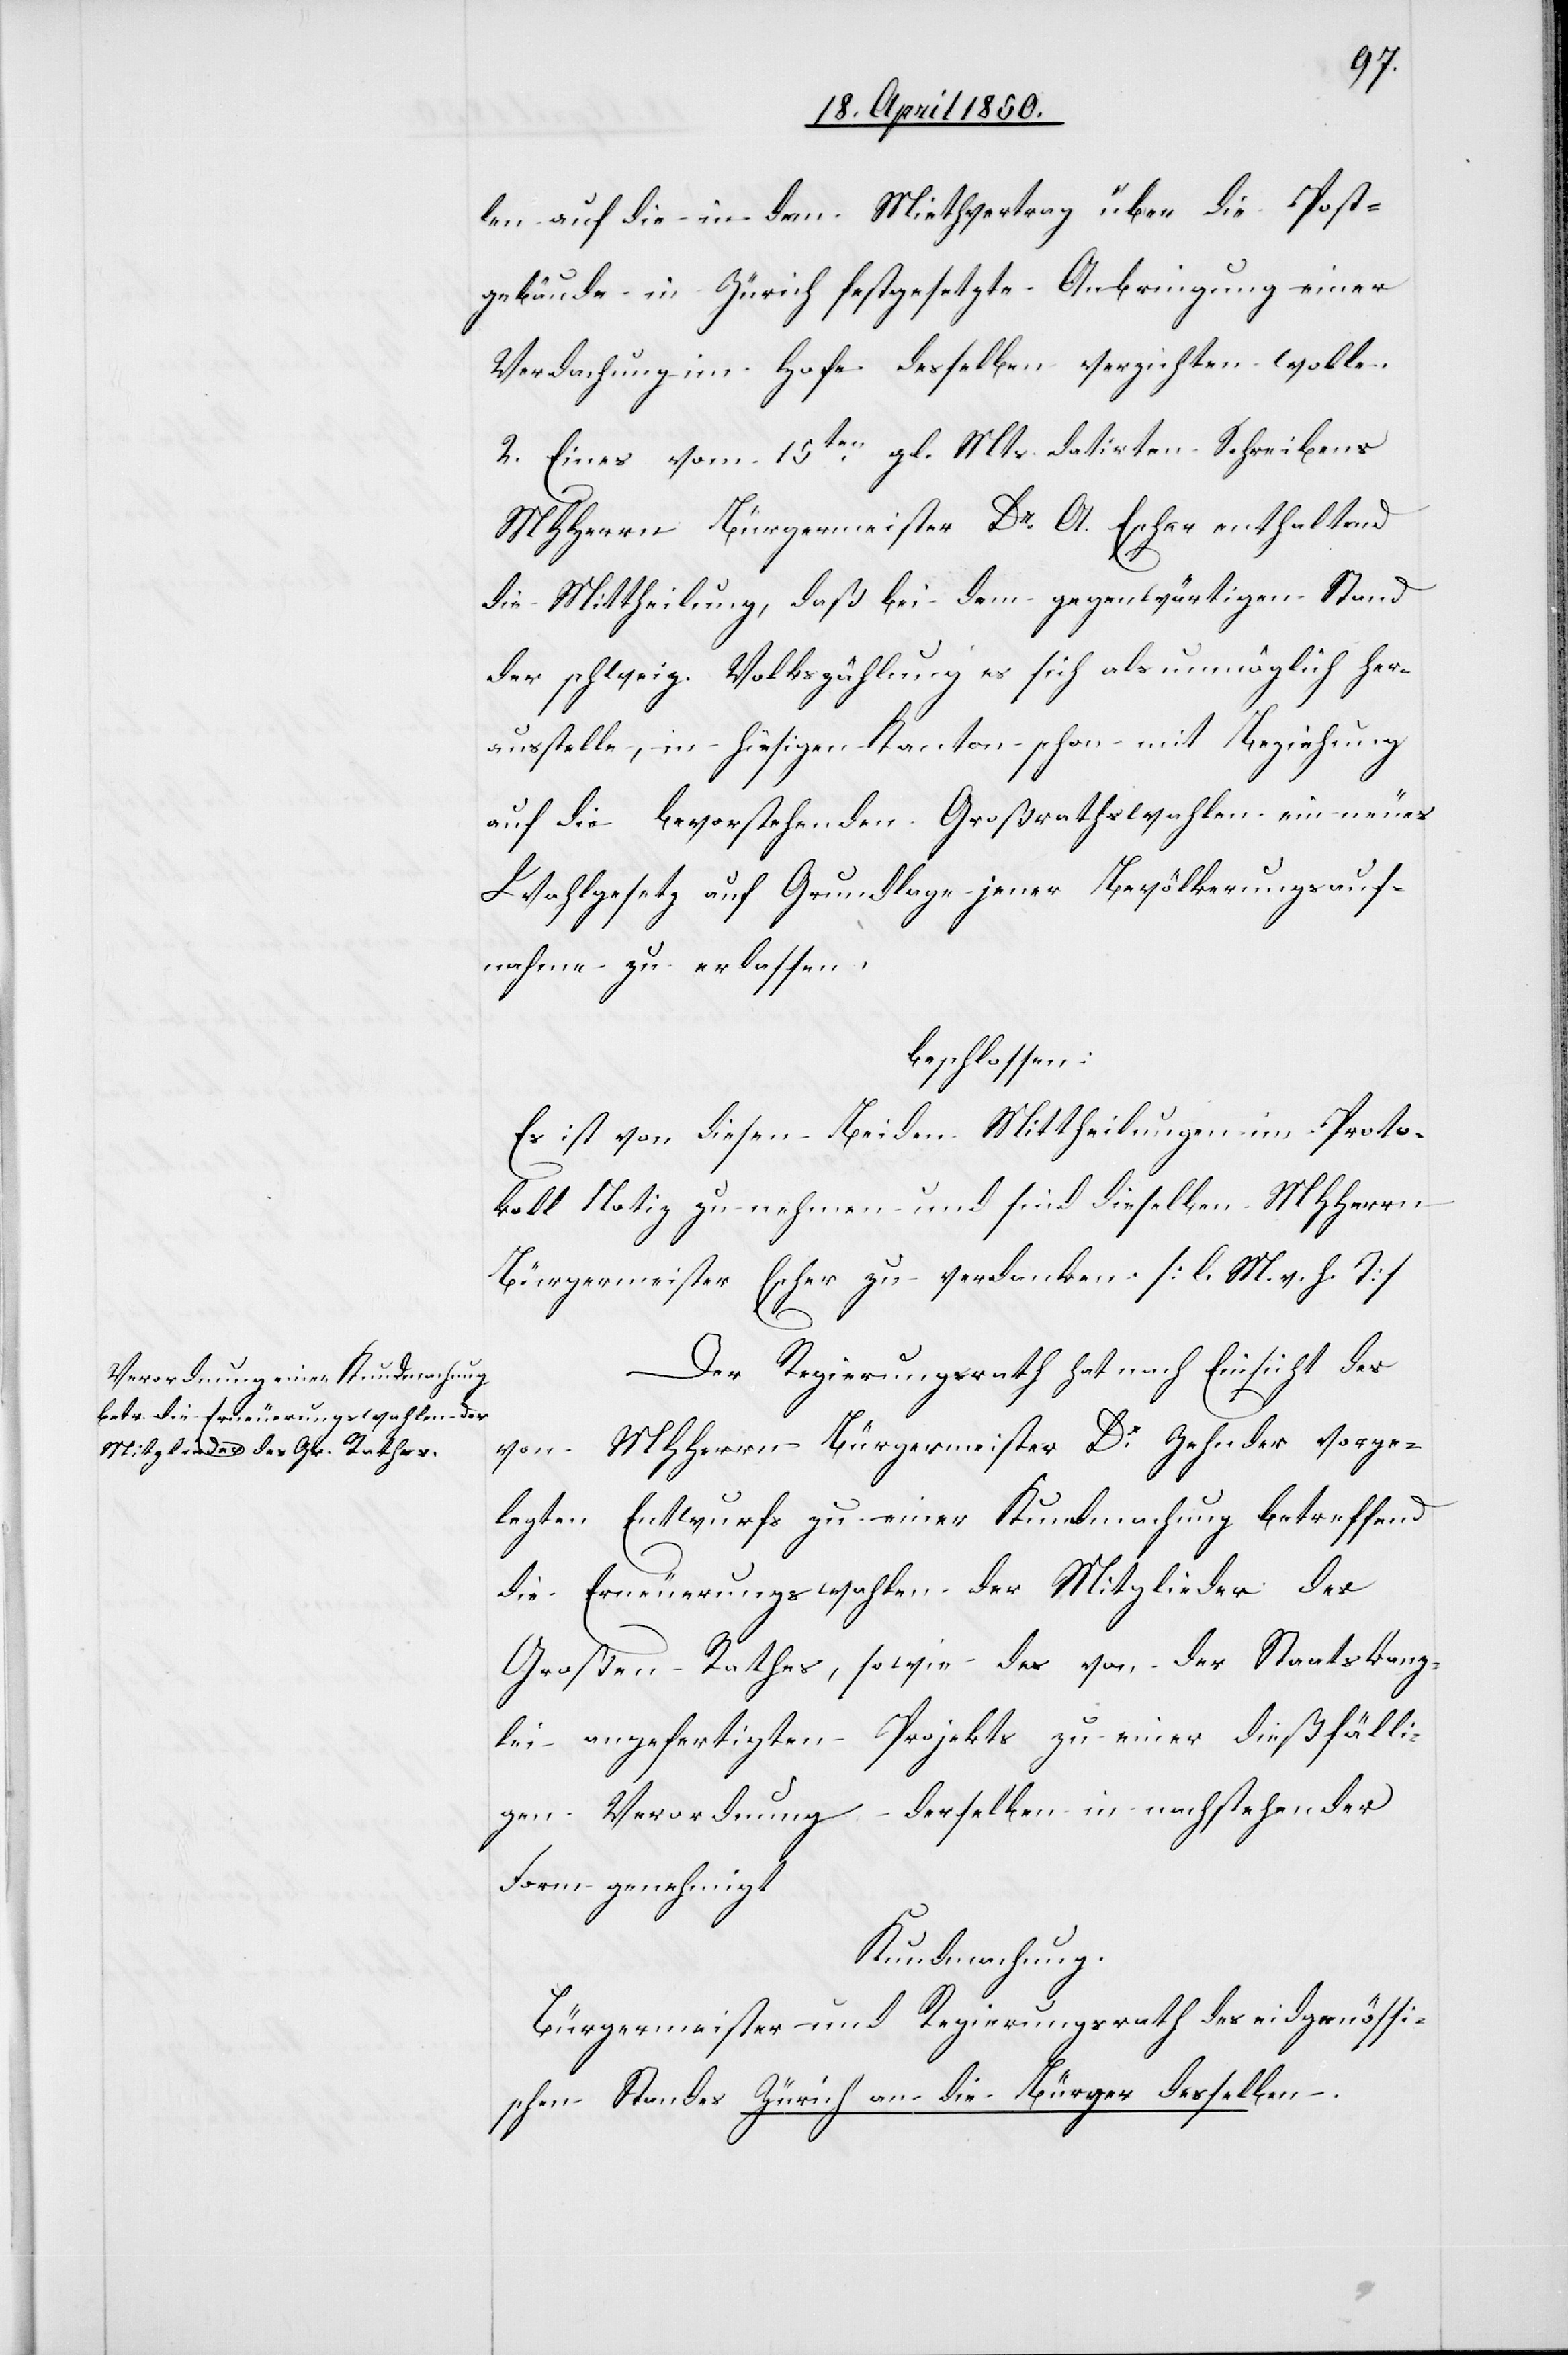
len auf die in dem Miethvertrag über die Post¬
gebäude in Zürich festgesetzte Anbringung einer
Verdachung im Hofe desselben verzichten wolle.
2. Eines vom 15ten gl. Mts. datirten Schreibens
MHHerrn Bürgermeister Dr A. Escher enthaltend
die Mittheilung, daß bei dem gegenwärtigen Stand
der schweiz. Volkszählung es sich als unmöglich her¬
ausstelle, in hiesigen Kanton schon mit Beziehung
auf die bevorstehenden Großrathswahlen ein neues
Wahlgesetz auf Grundlage jener Bevölkerungsauf¬
nahme zu erlassen,
beschlossen:
Es ist von diesen Beiden Mittheilungen im Proto¬
koll Notiz zu nehmen und sind dieselben MHHerrn
Bürgermeister Escher zu verdanken [l. M. v. h. T]